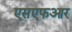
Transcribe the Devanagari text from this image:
एसएफआर